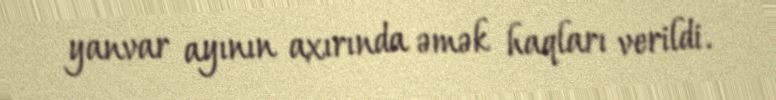
yanvar ayının axırında əmək haqları verildi.